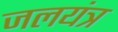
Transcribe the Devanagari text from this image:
जलयंत्र